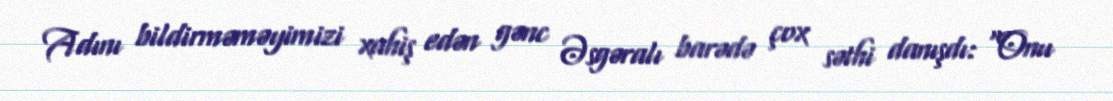
Adını bildirməməyimizi xahiş edən gənc Əsgəralı barədə çox səthi danışdı: “Onu